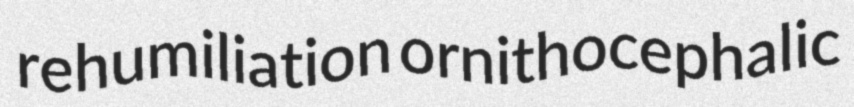
rehumiliation ornithocephalic